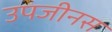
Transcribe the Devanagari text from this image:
उपजीनस